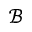
\mathcal { B }